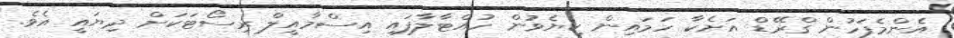
އެންމެފަހުން ގްރޭޑް އަށެކާ ހަމައިން ކިޔެވުން ހުއްޓާލާފައި އިސްމާއީލް ރިސޯޓަކަށް ދިޔައީ އެވެ.